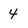
Character: 4